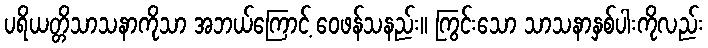
ပရိယတ္တိသာသနာကိုသာ အဘယ်ကြောင့် ဝေဖန်သနည်း။ ကြွင်းသော သာသနာနှစ်ပါးကိုလည်း